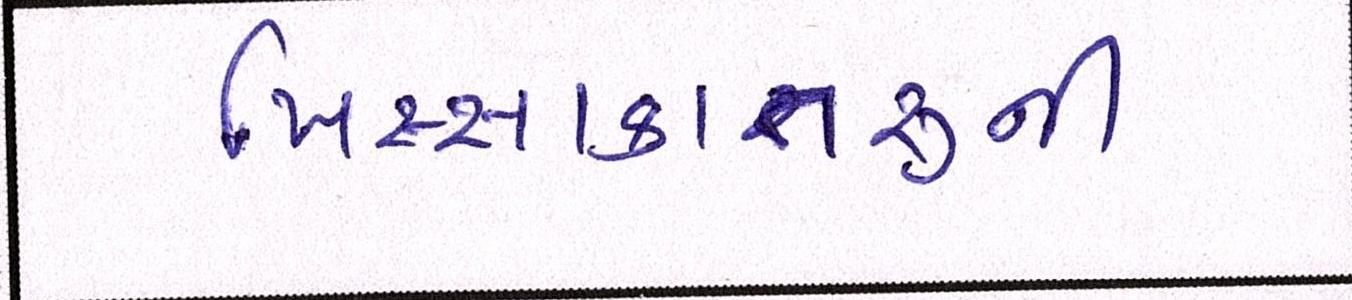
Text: ખિસ્સાકાતરુની